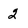
Character: 2